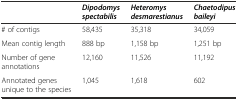
|  | Dipodomys spectabilis | Heteromys desmarestianus | Chaetodipus baileyi |
 | --- | --- | --- | --- |
 | # of contigs | 58,435 | 35,318 | 34,059 |
 | Mean contig length | 888 bp | 1,158 bp | 1,251 bp |
 | Number of gene annotations | 12,160 | 11,526 | 11,192 |
 | Annotated genes unique to the species | 1,045 | 1,618 | 602 |